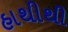
હાથીથી